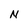
Character: N